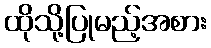
ထိုသို့ပြုမည့်အစား